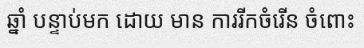
ឆ្នាំ បន្ទាប់មក ដោយ មាន ការរីកចំរើន ចំពោះ